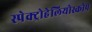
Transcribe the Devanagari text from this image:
स्पेक्ट्रोहेलियोस्कोप